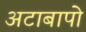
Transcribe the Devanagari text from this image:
अटाबापो